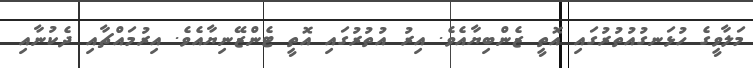
މަލާވީގެ ހުޅަނގުއުތުރުގައި އޮތީ ޒެންބިޔާއެވެ. އިރު އުތުރުގައި އޮތީ ޓެންޒޭނިޔާއެވެ. އިރުމައްޗާއި ދެކުނާއި